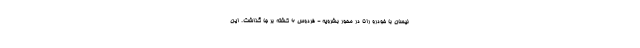
نیسان با خودرو رانا در محور بشرویه - فردوس ۶ کشته بر جا گذاشت. این